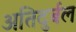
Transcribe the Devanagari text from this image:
अतिदुर्बल